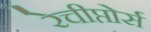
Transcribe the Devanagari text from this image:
रेचीप्तोर्स